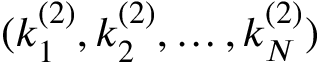
( k _ { 1 } ^ { ( 2 ) } , k _ { 2 } ^ { ( 2 ) } , \dots , k _ { N } ^ { ( 2 ) } )